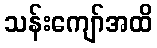
သန်းကျော်အထိ